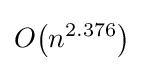
O{\mathord {\left(n^{2.376}\right)}}